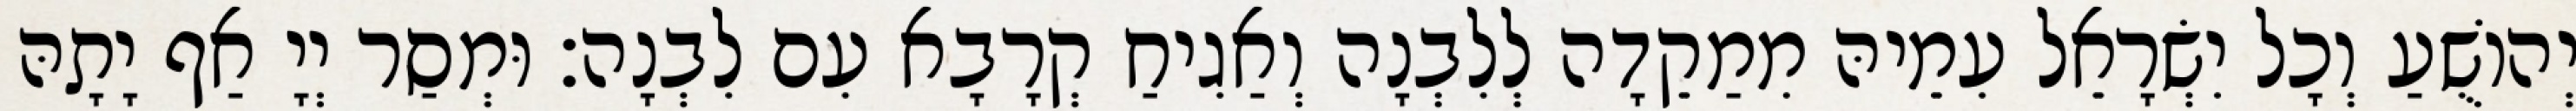
יְהוֹשֻׁעַ וְכָל יִשְׂרָאֵל עִמֵיהּ מִמַקֵדָה לְלִבְנָה וְאַגִיחַ קְרָבָא עִם לִבְנָה׃ וּמְסַר יְיָ אַף יָתָהּ